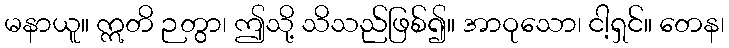
မနာယူ။ ဣတိ ဉတွာ၊ ဤသို့ သိသည်ဖြစ်၍။ အာဝုသော၊ ငါ့ရှင်။ တေန၊